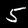
Label: 5